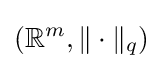
(\mathbb {R} ^{m},\|\cdot \|_{q})